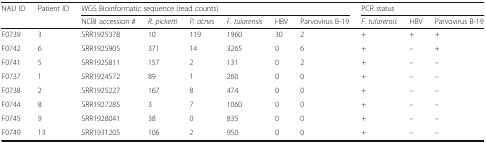
<table><thead><tr><td rowspan="2"><b>NAU ID</b></td><td rowspan="2"><b>Patient ID</b></td><td colspan="6"><b>WGS Bioinformatic sequence (read counts)</b></td><td colspan="3"><b>PCR status</b></td></tr><tr><td><b>NCBI accession #</b></td><td><b><i>R. picketti</i></b></td><td><b><i>P. acnes</i></b></td><td><b><i>F. tularensis</i></b></td><td><b>HBV</b></td><td><b>Parvovirus B-19</b></td><td><b><i>F. tularensis</i></b></td><td><b>HBV</b></td><td><b>Parvovirus B-19</b></td></tr></thead><tbody><tr><td>F0739</td><td>3</td><td>SRR1925378</td><td>10</td><td>119</td><td>1960</td><td>30</td><td>2</td><td>+</td><td>+</td><td>+</td></tr><tr><td>F0742</td><td>6</td><td>SRR1925905</td><td>371</td><td>14</td><td>3265</td><td>0</td><td>6</td><td>+</td><td>–</td><td>+</td></tr><tr><td>F0741</td><td>5</td><td>SRR1925811</td><td>157</td><td>2</td><td>131</td><td>0</td><td>2</td><td>+</td><td>–</td><td>–</td></tr><tr><td>F0737</td><td>1</td><td>SRR1924572</td><td>89</td><td>1</td><td>260</td><td>0</td><td>0</td><td>+</td><td>–</td><td>–</td></tr><tr><td>F0738</td><td>2</td><td>SRR1925227</td><td>167</td><td>8</td><td>474</td><td>0</td><td>0</td><td>+</td><td>–</td><td>–</td></tr><tr><td>F0744</td><td>8</td><td>SRR1927285</td><td>3</td><td>7</td><td>1060</td><td>0</td><td>0</td><td>+</td><td>–</td><td>–</td></tr><tr><td>F0745</td><td>9</td><td>SRR1928041</td><td>38</td><td>0</td><td>835</td><td>0</td><td>0</td><td>+</td><td>–</td><td>–</td></tr><tr><td>F0749</td><td>13</td><td>SRR1931205</td><td>106</td><td>2</td><td>950</td><td>0</td><td>0</td><td>+</td><td>–</td><td>–</td></tr></tbody></table>